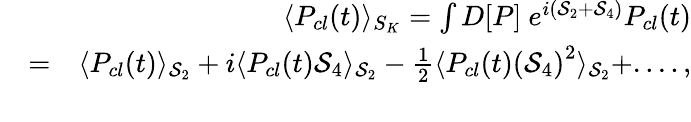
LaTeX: \begin{array}{rlr}&{}&{\langle P_{cl}(t)\rangle_{{S_{K}}}=\int D[P]~e^{{{i}}({\cal S}_{2}+{\cal S}_{4})}P_{cl}(t)}\\ &{=}&{\langle P_{cl}(t)\rangle_{\mathrm{{{\cal S}_{2}}}}+i\langle P_{cl}(t){\cal S}_{4}\rangle_{\mathrm{{\cal S}_{2}}}-\frac{1}{2}\langle P_{cl}(t)\left({\cal S}_{4}\right)^{2}\rangle_{\mathrm{{{\cal S}_{2}}}}+....,}\\ &{}&\end{array}